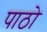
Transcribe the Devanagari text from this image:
पाठो